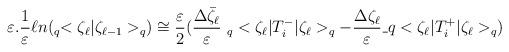
LaTeX: \begin{align*}\varepsilon.\frac{1}{\varepsilon}\ell n (_q<\zeta_\ell|\zeta_{\ell-1}>_q)\cong\frac{\varepsilon}{2}(\frac{\Delta\bar{\zeta}_\ell}{\varepsilon}\ _q<\zeta_\ell|T^-_i|\zeta_\ell>_q-\frac{\Delta \zeta_\ell}{\varepsilon}\_q<\zeta_\ell|T^+_i|\zeta_\ell>_q)\,\end{align*}